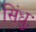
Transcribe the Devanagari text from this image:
सिंधुः